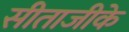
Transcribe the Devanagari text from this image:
सीताजीके